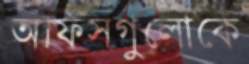
অফিসগুলোকে